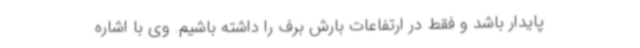
پایدار باشد و فقط در ارتفاعات بارش برف را داشته باشیم. وی با اشاره